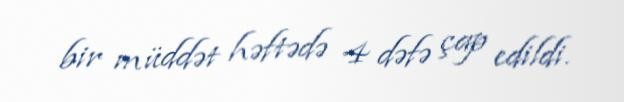
bir müddət həftədə 4 dəfə çap edildi.